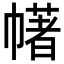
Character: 𢅔